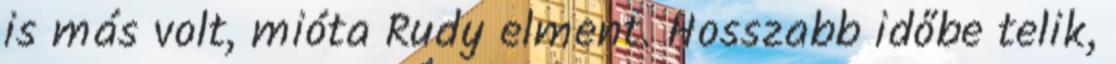
is más volt, mióta Rudy elment. Hosszabb időbe telik,